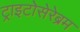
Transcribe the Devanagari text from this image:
ट्राइटोसेरेब्रम